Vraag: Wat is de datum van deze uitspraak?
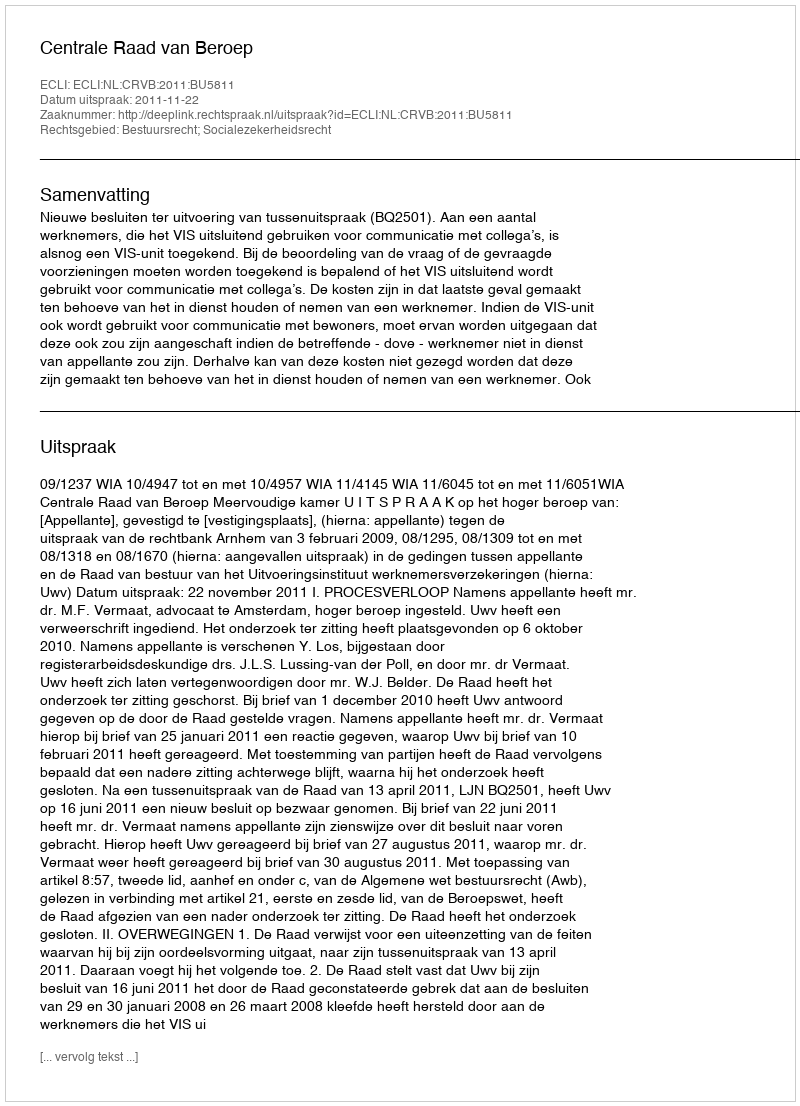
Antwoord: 2011-11-22